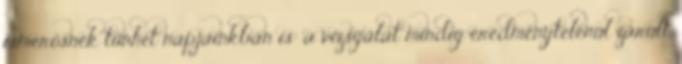
ismerősnek tűnhet napjainkban is: a vizsgálat mindig eredménytelenül zárult.